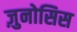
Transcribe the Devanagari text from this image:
ज़ुनोसिस